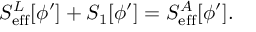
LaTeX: S _ { \mathrm { e f f } } ^ { L } [ \phi ^ { \prime } ] + S _ { 1 } [ \phi ^ { \prime } ] = S _ { \mathrm { e f f } } ^ { A } [ \phi ^ { \prime } ] .